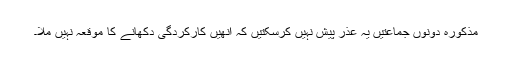
مذکورہ دونوں جماعتیں یہ عذر پیش نہیں کرسکتیں کہ انھیں کارکردگی دکھانے کا موقعہ نہیں ملا۔